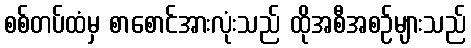
စစ်တပ်ထံမှ စာစောင်အားလုံးသည် ထိုအစီအစဉ်များသည်